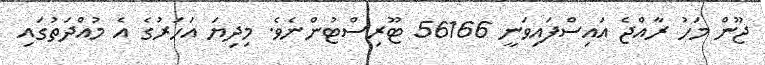
ޖޫން މަހު ރާއްޖެ އައިސްފައިވަނީ 56166 ޓޫރިސްޓުންނެވެ. މިދިޔަ އަހަރުގެ އެ މުއްދަތުގައި